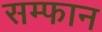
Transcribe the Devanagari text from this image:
सम्फान